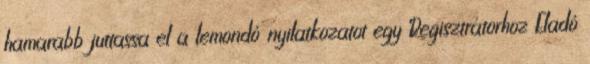
hamarabb juttassa el a lemondó nyilatkozatot egy Regisztrátorhoz Eladó